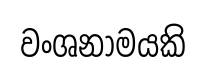
වංශනාමයකි